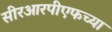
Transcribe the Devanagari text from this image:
सीरआरपीएफच्या